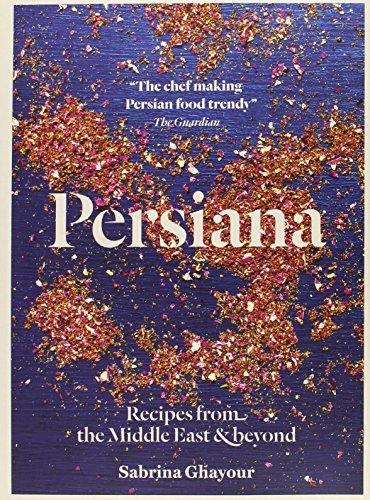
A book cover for Persiana: Recipes from the Middle East & beyond; Sabrina Ghayour; Cookbooks, Food & Wine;